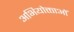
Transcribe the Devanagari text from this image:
अभियोक्ताओं